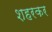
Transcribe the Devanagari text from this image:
शहरकर